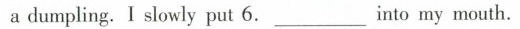
a dumpling.I slowly put 6.___Into my mouth.